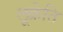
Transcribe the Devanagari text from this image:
लूक्रेति